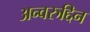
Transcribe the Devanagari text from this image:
अन्वरुद्दिन